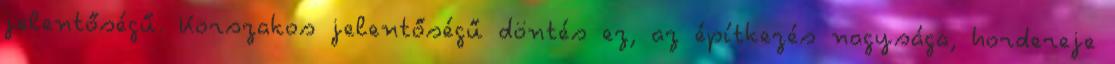
jelentőségű. Korszakos jelentőségű döntés ez, az építkezés nagysága, hordereje